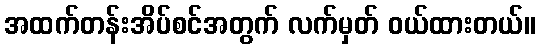
အထက်တန်းအိပ်စင်အတွက် လက်မှတ် ဝယ်ထားတယ်။